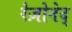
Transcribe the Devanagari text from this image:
रेज़ोनेद्